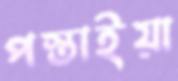
পস্তাইয়া